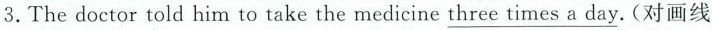
3.The doctor told him to take the medicine \underline{three times a day}.(对画线